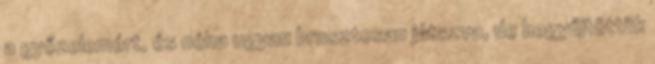
a győzelemért, és néha ugyan brusztosan játszva, de begyűjtöttük